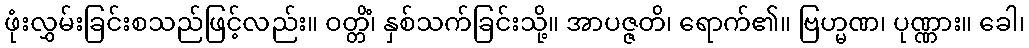
ဖုံးလွှမ်းခြင်းစသည်ဖြင့်လည်း။ ဝတ္တိံ၊ နှစ်သက်ခြင်းသို့။ အာပဇ္ဇတိ၊ ရောက်၏။ ဗြဟ္မဏ၊ ပုဏ္ဏား။ ခေါ၊